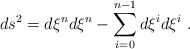
\begin{align*}ds^2=d\xi^n d\xi^n- \sum_{i=0}^{n-1}d\xi^id\xi^i~.\end{align*}